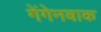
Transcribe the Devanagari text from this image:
गेंगेनबाक